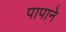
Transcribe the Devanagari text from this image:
पापाने